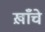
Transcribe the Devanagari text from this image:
ख़ाँचे